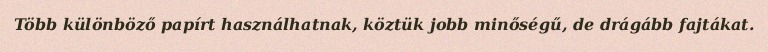
Több különböző papírt használhatnak, köztük jobb minőségű, de drágább fajtákat.